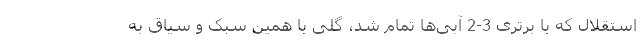
استقلال که با برتری 3-2 آبی‌ها تمام شد، گلی با همین سبک و سیاق به